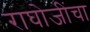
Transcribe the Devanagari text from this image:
राघोजींचा